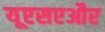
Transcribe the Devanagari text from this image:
यूएसएऔर